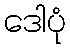
ဒေါပုံ